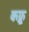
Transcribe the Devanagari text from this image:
कफ्रू